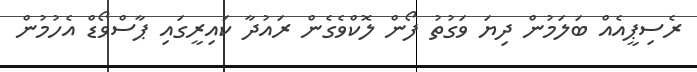
ރެސިޕީއެއް ބަލަމުން ދިޔަ ވަގުތު ފޯން ލޮކްވެގެން ރައުދާ ކައިރީގައި ޕާސްވޯޑް އެހުމުން